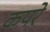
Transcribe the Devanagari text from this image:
कपरे